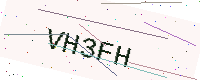
Text: VH3FH